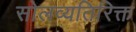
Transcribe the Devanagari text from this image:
सोलव्यतिरिक्त